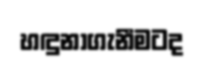
හඳුනාගැනීමටද